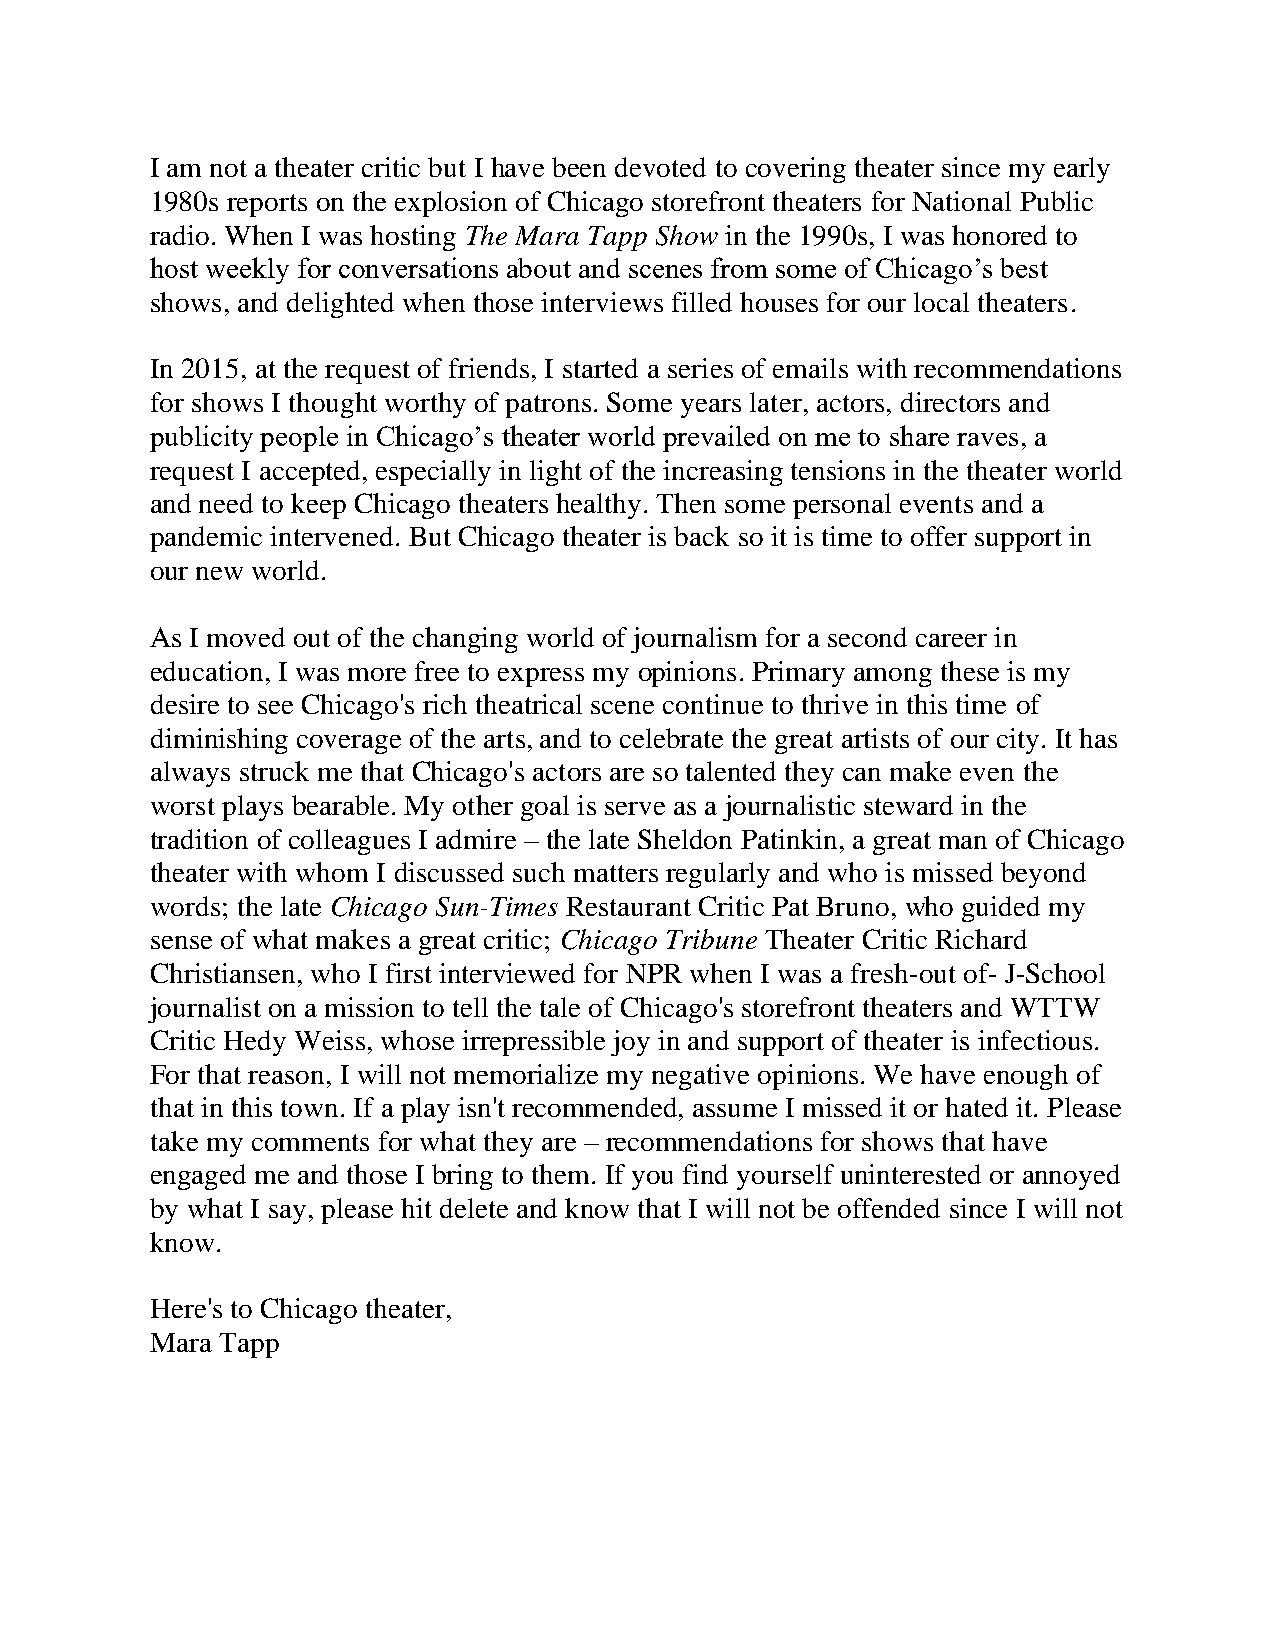
I am not a theater critic but I have been devoted to covering theater since my early
 1980s reports on the explosion of Chicago storefront theaters for National Public
 radio. When I was hosting The Mara Tapp Show in the 1990s, I was honored to
 host weekly for conversations about and scenes from some of Chicago’s best
 shows, and delighted when those interviews filled houses for our local theaters.
 In 2015, at the request of friends, I started a series of emails with recommendations
 for shows I thought worthy of patrons. Some years later, actors, directors and
 publicity people in Chicago’s theater world prevailed on me to share raves, a
 request I accepted, especially in light of the increasing tensions in the theater world
 and need to keep Chicago theaters healthy. Then some personal events and a
 pandemic intervened. But Chicago theater is back so it is time to offer support in
 our new world.
 As I moved out of the changing world of journalism for a second career in
 education, I was more free to express my opinions. Primary among these is my
 desire to see Chicago's rich theatrical scene continue to thrive in this time of
 diminishing coverage of the arts, and to celebrate the great artists of our city. It has
 always struck me that Chicago's actors are so talented they can make even the
 worst plays bearable. My other goal is serve as a journalistic steward in the
 tradition of colleagues I admire – the late Sheldon Patinkin, a great man of Chicago
 theater with whom I discussed such matters regularly and who is missed beyond
 words; the late Chicago Sun-Times Restaurant Critic Pat Bruno, who guided my
 sense of what makes a great critic; Chicago Tribune Theater Critic Richard
 Christiansen, who I first interviewed for NPR when I was a fresh-out of- J-School
 journalist on a mission to tell the tale of Chicago's storefront theaters and WTTW
 Critic Hedy Weiss, whose irrepressible joy in and support of theater is infectious.
 For that reason, I will not memorialize my negative opinions. We have enough of
 that in this town. If a play isn't recommended, assume I missed it or hated it. Please
 take my comments for what they are – recommendations for shows that have
 engaged me and those I bring to them. If you find yourself uninterested or annoyed
 by what I say, please hit delete and know that I will not be offended since I will not
 know.
 Here's to Chicago theater,
 Mara Tapp